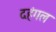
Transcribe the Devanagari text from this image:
दहंगल